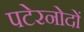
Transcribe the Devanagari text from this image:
पटेरनोदों